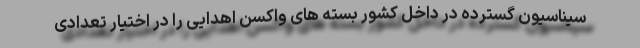
سیناسیون گسترده در داخل کشور بسته های واکسن اهدایی را در اختیار تعدادی